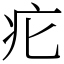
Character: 疕